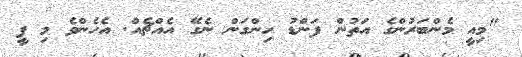
"މިއީ މެންބަރުންގެ އަތުން ފަންޑު ހިންގަން ނެގޭ އެއްޗެއް. އެހެންވެ މި ފީ